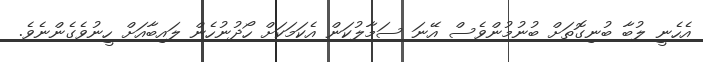
އެހެނީ ލުބާ ބުނިގޮތަށް ބުނުމުންވެސް އޭނަ ސަމާލުކަން އެކަމަކަށް ހޯދުނުހެން ލައިބާއަށް ހީނުވެގެންނެވެ.